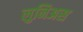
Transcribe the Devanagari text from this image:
लुनिअस